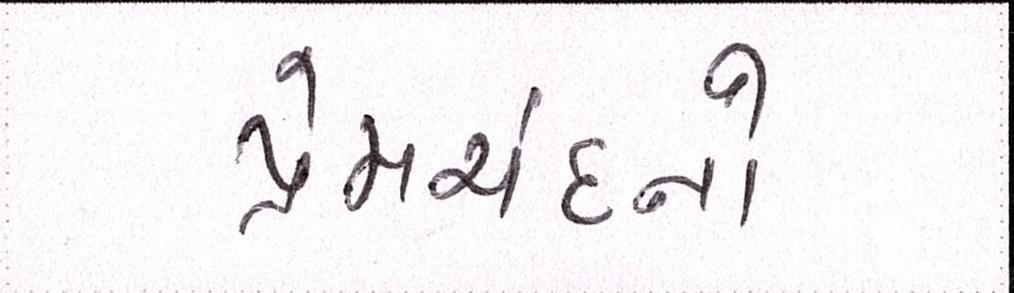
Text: પ્રેમચંદનો